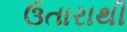
ઉતારાથી